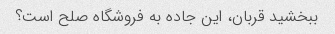
ببخشید قربان، این جاده به فروشگاه صلح است؟